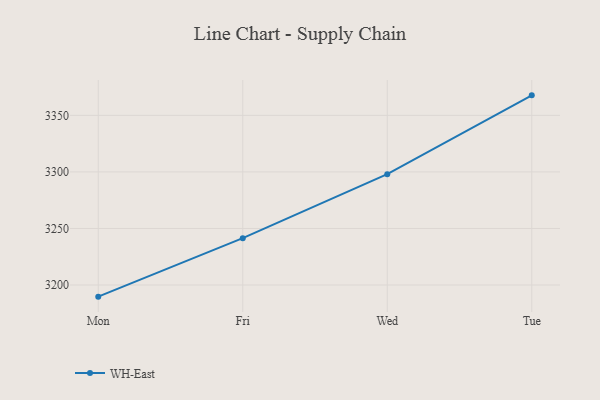
{"axis": {"x": "Day", "y": "Latency (ms)"}, "legend": ["WH-East"], "data": [{"x": "Mon", "y": 3189.7, "type": "WH-East"}, {"x": "Fri", "y": 3241.4, "type": "WH-East"}, {"x": "Wed", "y": 3298.0, "type": "WH-East"}, {"x": "Tue", "y": 3367.7, "type": "WH-East"}]}